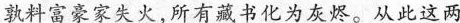
孰料富豪家失火，所有藏书化为灰烬。从此这两